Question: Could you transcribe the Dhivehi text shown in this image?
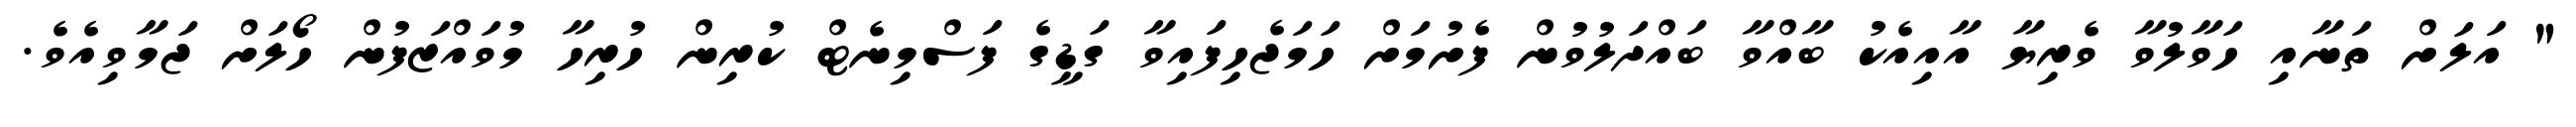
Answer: " އަލަށް ތަނާއި ހަވާލުވާ ވެރިޔާ އާއިއެކު ބާއްވާ ބައްދަލުވުން ފެށުމަށް ހަމަޖެހިފައިވާ ގަޑީގެ ފަސްމިނެޓް ކުރިން ހުރިހާ މުވައްޒަފުން ހޯލަށް ޖަމާވިއެވެ.